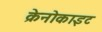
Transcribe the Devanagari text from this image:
क्रेनोकाइट